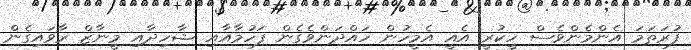
ފުރަތަމަ އެންމެންވެސް ހީކުރީ އެއީ އެމީހުން ހައްދަންވެގެން ފަހުމާއާއި ޝާހިދާއި މީނާޒް ރާވައިގެން